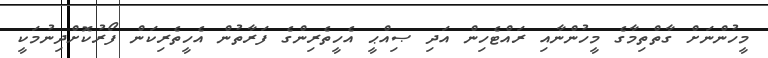
މީހުންނަށް ގާތްތިމާގެ މީހުންނާއި ރައްޓެހިން އަދި ޞިއްޙީ އެހީތެރިންގެ ފަރާތުން އެހީތެރިކަން ފޯރުކޮށްދިނުމަކީ